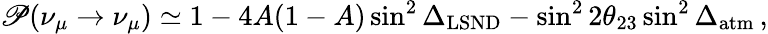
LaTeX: \mathscr{P}(\nu_{\mu}\to\nu_{\mu})\simeq1-4A(1-A)\sin^{2}\Delta_{\mathrm{{LSND}}}-\sin^{2}2\theta_{23}\sin^{2}\Delta_{\mathrm{{atm}}}\, ,